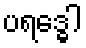
ပရဒ္ဓေါ